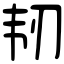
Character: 韧